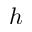
h